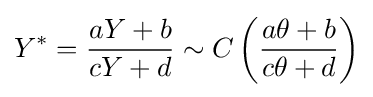
Y^{*}={aY+b \over cY+d}\sim C\left({a\theta +b \over c\theta +d}\right)